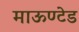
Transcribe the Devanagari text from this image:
माऊण्टेड